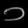
Digit: ၁